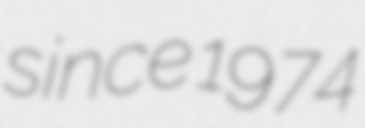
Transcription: since 1974